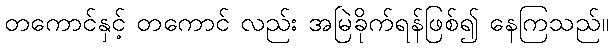
တကောင်နှင့် တကောင် လည်း အမြဲခိုက်ရန်ဖြစ်၍ နေကြသည်။